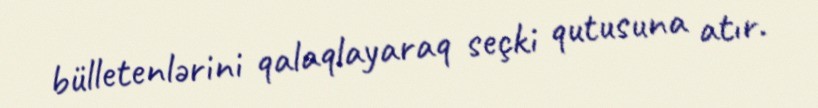
bülletenlərini qalaqlayaraq seçki qutusuna atır.